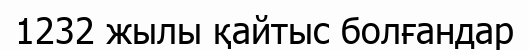
1232 жылы қайтыс болғандар